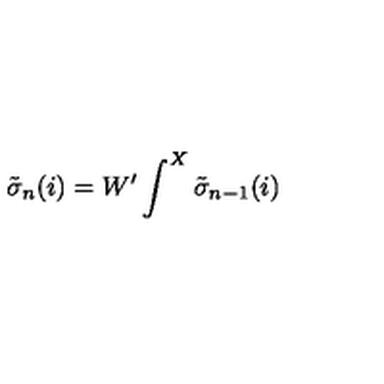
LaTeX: { \tilde { \sigma } } _ { n } ( i ) = W ^ { \prime } \int ^ { X } { \tilde { \sigma } } _ { n - 1 } ( i )